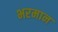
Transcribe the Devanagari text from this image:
भरमान